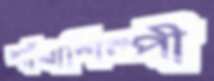
শাঁখাশিল্পী